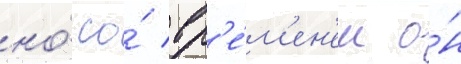
но́ со́ вр'е́м'ен'ем о́н